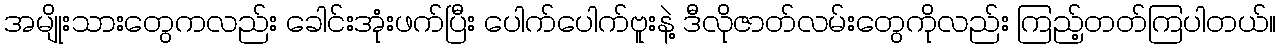
အမျိုးသားတွေကလည်း ခေါင်းအုံးဖက်ပြီး ပေါက်ပေါက်ဗူးနဲ့ ဒီလိုဇာတ်လမ်းတွေကိုလည်း ကြည့်တတ်ကြပါတယ်။